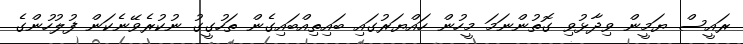
ރައީސް ޔަމީން ވިދާޅުވި ގޮތުންނަމަ މީހުން ހައްޔަރުގައި ބައިތިއްބައިގެން ތަހުގީގު ނުކުރެވޭނެކަން ފުލުހުންގެ